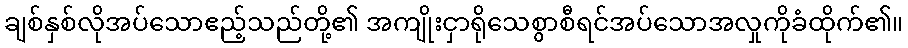
ချစ်နှစ်လိုအပ်သောဧည့်သည်တို့၏ အကျိုးငှာရိုသေစွာစီရင်အပ်သောအလှုကိုခံထိုက်၏။